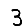
Digit: 3